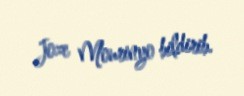
Joze Mourinyo bildirib.